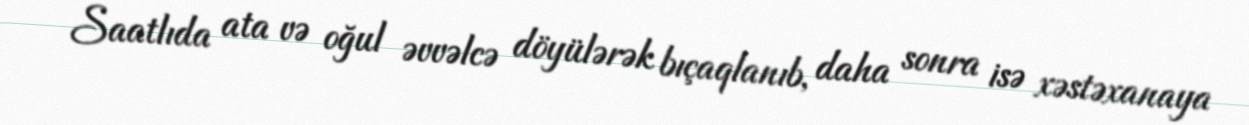
Saatlıda ata və oğul əvvəlcə döyülərək bıçaqlanıb, daha sonra isə xəstəxanaya